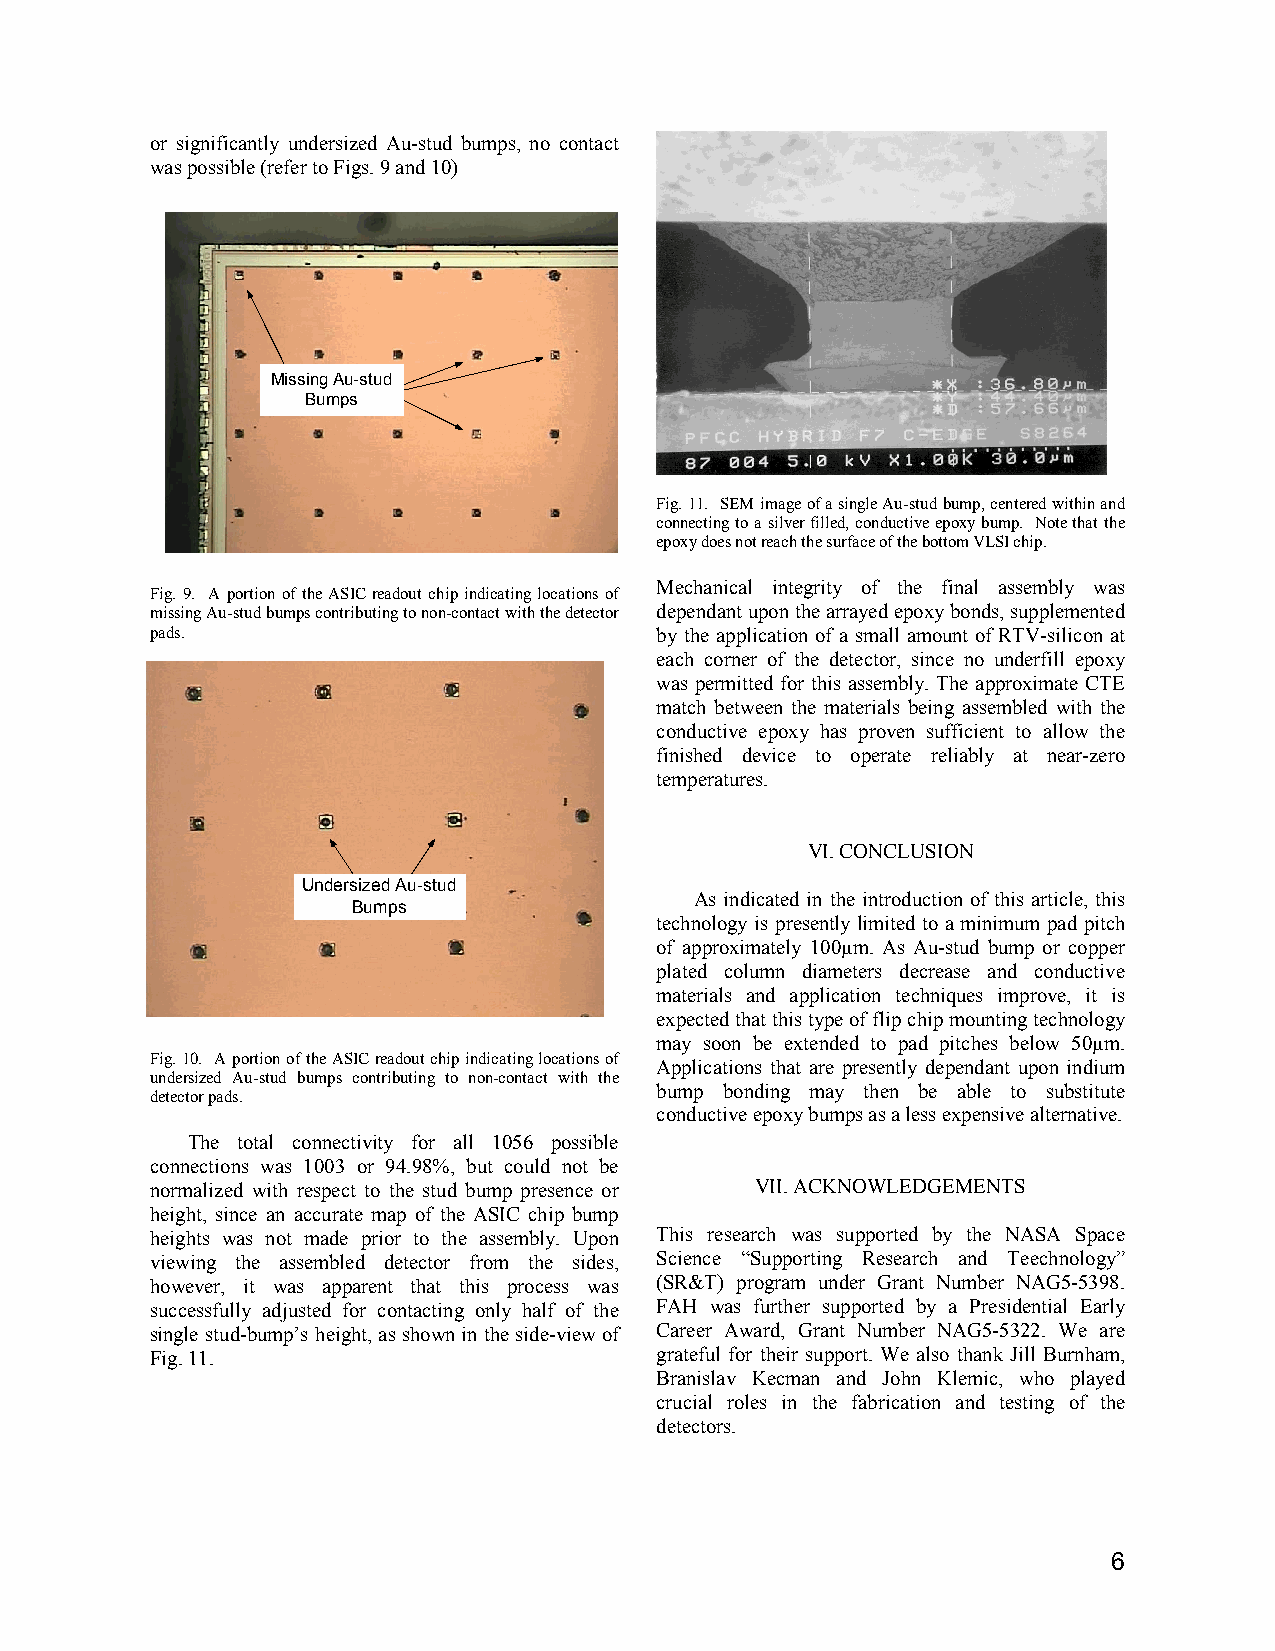
or significantly undersized Au-stud bumps, no contact
 was possible (refer to Figs. 9 and 10)
 Missing Au-stud
 Bumps
 Fig. 11. SEM image of a single Au-stud bump, centered within and
 connecting to a silver filled, conductive epoxy bump. Note that the
 epoxy does not reach the surface of the bottom VLSI chip.
 Mechanical integrity of the final assembly was
 Fig. 9. A portion of the ASIC readout chip indicating locations of
 missing Au-stud bumps contributing to non-contact with the detector dependant upon the arrayed epoxy bonds, supplemented
 pads.                            by the application of a small amount of RTV-silicon at
 each corner of the detector, since no underfill epoxy
 was permitted for this assembly. The approximate CTE
 match between the materials being assembled with the
 conductive epoxy has proven sufficient to allow the
 finished device to operate reliably at near-zero
 temperatures.
 VI. CONCLUSION
 Undersized Au-stud
 As indicated in the introduction of this article, this
 Bumps
 technology is presently limited to a minimum pad pitch
 of approximately 100µm. As Au-stud bump or copper
 plated column diameters decrease and conductive
 materials and application techniques improve, it is
 expected that this type of flip chip mounting technology
 may soon be extended to pad pitches below 50µm.
 Fig. 10. A portion of the ASIC readout chip indicating locations of
 Applications that are presently dependant upon indium
 undersized Au-stud bumps contributing to non-contact with the
 bump bonding may then be able to substitute
 detector pads.
 conductive epoxy bumps as a less expensive alternative.
 The total connectivity for all 1056 possible
 connections was 1003 or 94.98%, but could not be
 normalized with respect to the stud bump presence or VII. ACKNOWLEDGEMENTS
 height, since an accurate map of the ASIC chip bump
 heights was not made prior to the assembly. Upon This research was supported by the NASA Space
 viewing the assembled detector from the sides, Science “Supporting Research and Teechnology”
 however, it was apparent that this process was (SR&T) program under Grant Number NAG5-5398.
 successfully adjusted for contacting only half of the FAH was further supported by a Presidential Early
 single stud-bump’s height, as shown in the side-view of Career Award, Grant Number NAG5-5322. We are
 Fig. 11.                         grateful for their support. We also thank Jill Burnham,
 Branislav Kecman and John Klemic, who played
 crucial roles in the fabrication and testing of the
 detectors.
 6